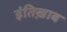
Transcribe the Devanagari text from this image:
इंतिख़ाब